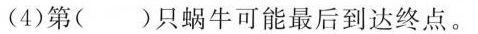
(4)第( )只蜗牛可能最后到达终点。